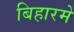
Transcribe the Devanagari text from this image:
बिहारमें